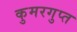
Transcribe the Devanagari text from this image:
कुमरगुप्त